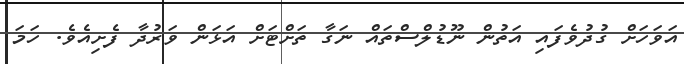
އަވަހަށް ގުދުވެފައި އަތުން ނޫޑުލްސްތައް ނަގާ ތަށްޓަށް އަޅަން ވަރުދާ ފެށިއެވެ. ހަމަ